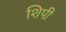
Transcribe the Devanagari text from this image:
शिपी